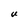
Character: U